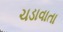
ચડાવાતા